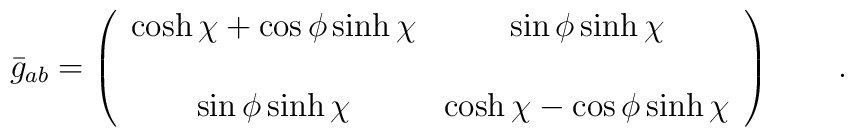
\bar{g}_{ab}=\left (\begin{array}{cc}\displaystyle{\cosh\chi+\cos\phi\sinh\chi}&\displaystyle{\sin\phi\sinh\chi}\\\\\displaystyle{\sin\phi\sinh\chi} &\displaystyle{\cosh\chi-\cos\phi\sinh\chi}\end{array}\right)\qquad .